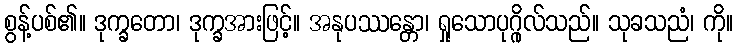
စွန့်ပစ်၏။ ဒုက္ခတော၊ ဒုက္ခအားဖြင့်။ အနုပဿန္တော၊ ရှုသောပုဂ္ဂိုလ်သည်။ သုခသညံ၊ ကို။